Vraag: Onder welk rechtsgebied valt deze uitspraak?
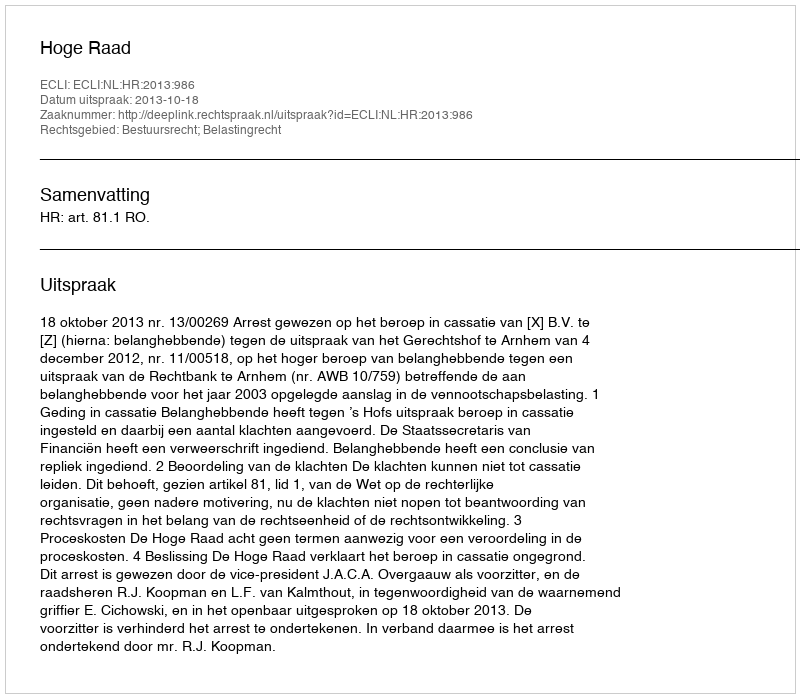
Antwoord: Bestuursrecht; Belastingrecht